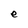
Character: e